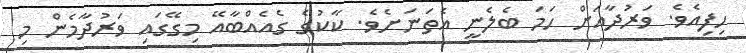
ހިފިއެވެ. ވަރުދާއަށް ހަމަ ބެލެނީ އެތަނަށެވެ. ކާކުގެ ގެއެއްބާއޭ މިގޭގައި ވަރުދާމެން މި